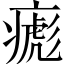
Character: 𤹼